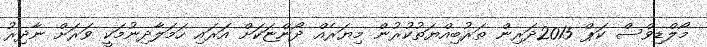
މޯލްޑިވްސް ކަޕް 2015ދަރިން ތަރުބިއްޔަތުކުރުން މިޔަރެއް ދޯންޏަކަށް އަރައި ހަމަލާދިނުމަކީ ވަރަށް ނާދިރު